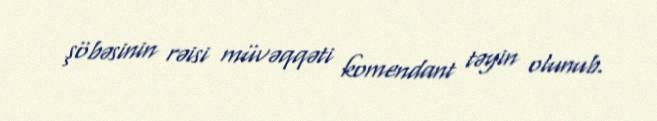
şöbəsinin rəisi müvəqqəti komendant təyin olunub.